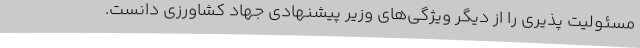
مسئولیت پذیری را از دیگر ویژگی‌های وزیر پیشنهادی جهاد کشاورزی دانست.